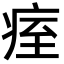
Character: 痓